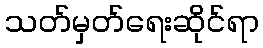
သတ်မှတ်ရေးဆိုင်ရာ